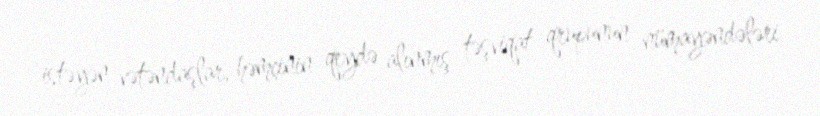
istəyən vətəndaşlar, həmçinin qeydə alınmış təşviqat qrupunun nümayəndələri